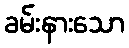
ခမ်းနားသော